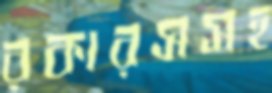
রকারসসহ